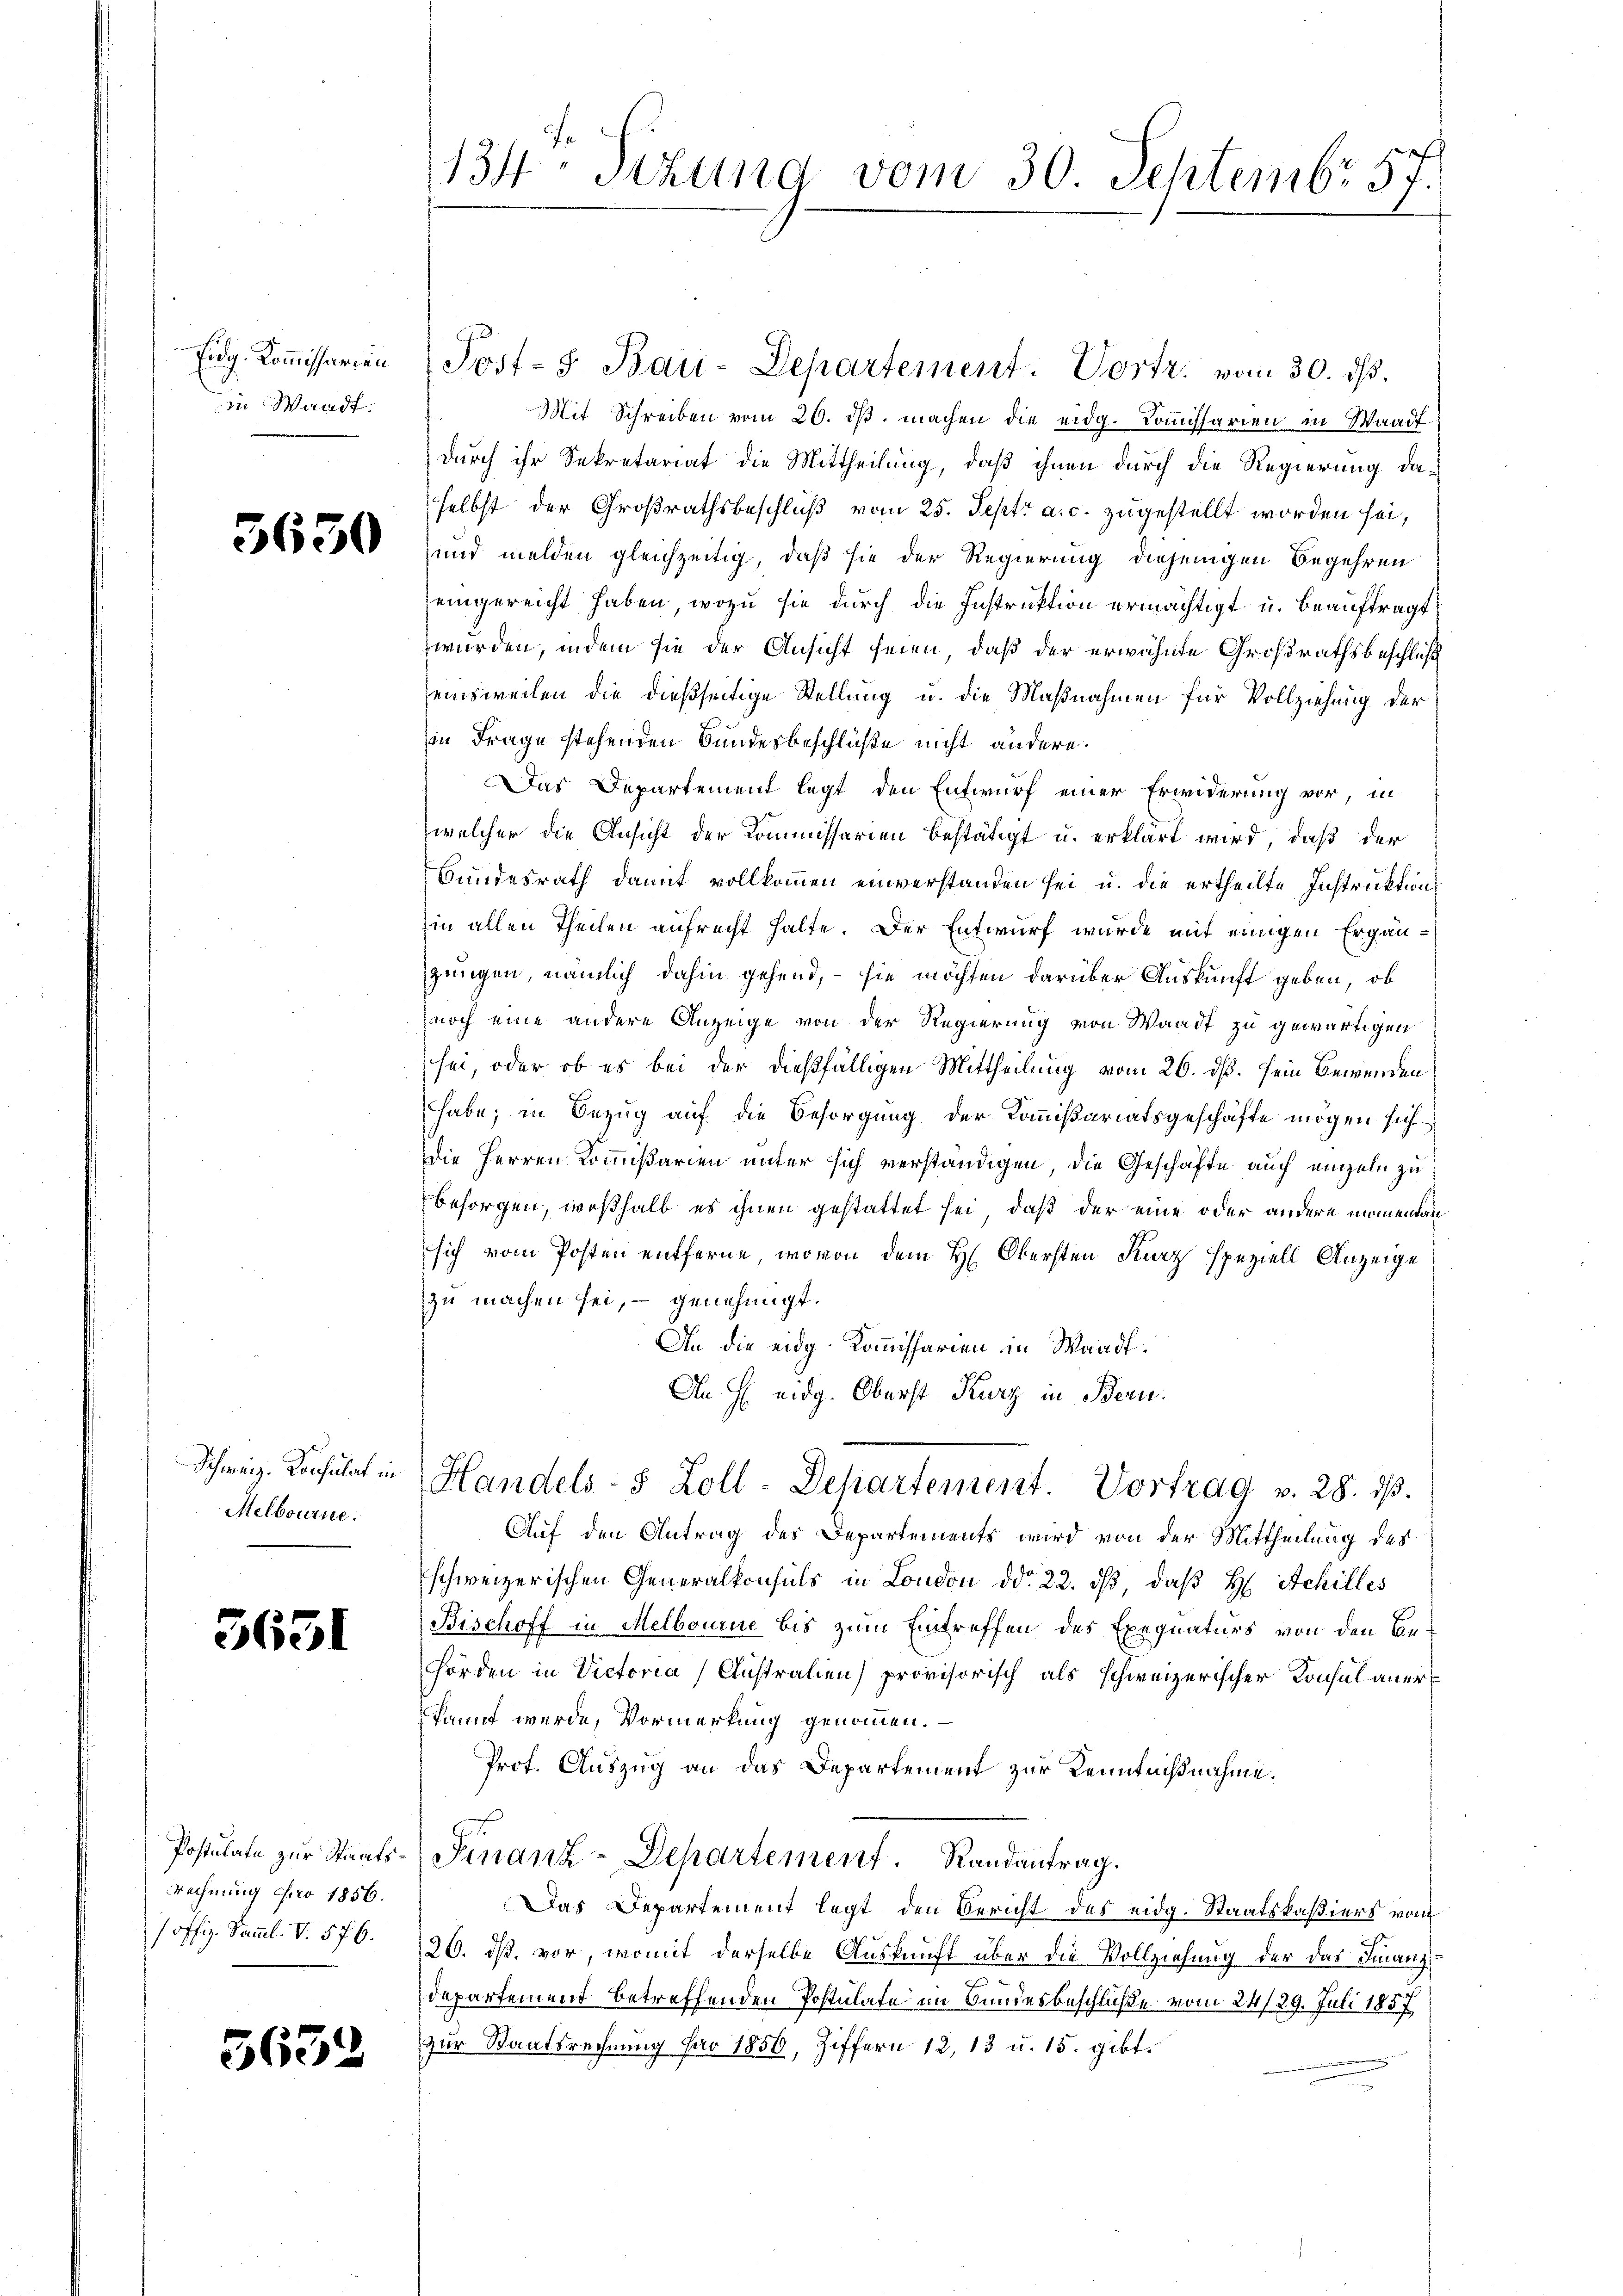
Eidg. Kommissarien
in Waadt.

5630

Melbourne.

3631

Rechnung pro 1856.
/ offig. Samml. V. 576.

365.

134 Sizung vom 30. Septembr 57.

Post- 5. Bau-Departement. Vortr. vom 30. ds.
Mit Schreiben vom 26. dβ machen die eidg. Kommissarien in Waadt
durch ihr Sekretariat die Mittheilung, daß ihnen durch die Regierung daselbst der Großrathsbeschluß vom 25. Sept. a. c. zugestellt worden sei,
und melden gleichzeitig, daß sie der Regierung diejenigen Begehren
eingereicht haben, wozu sie durch die Instruktion ermächtigt u. beauftragt,
wurden, indem sie der Ansicht seien, daß der erwähnte Großrathsbeschluß
einsweilen die dießseitige Stellung u. die Maßnahmen für Vollziehung der
in Frage stehenden Bundesbeschlüße nicht andere.
Das Departement legt den Entwurf einer Erwiderung vor, in
welcher die Ansicht der Kommissarien bestätigt u. erklärt wird, daß der
Bundesrath damit vollkommen einverstanden sei u. die ertheilte Instruktion
hin allen Theilen aufrecht halte. Der Entwurf wurde mit einigen Ergängungen, nämlich dahin gehend, – sie möchten darüber Auskunft geben, ob
noch eine andere Anzeige von der Regierung von Waadt zu gewärtigen
sei, oder ob es bei der dießfälligen Mittheilung vom 26. dß. sein Bewenden
habe; in Bezug auf die Besorgung der Kommißariatsgeschäfte mögen sich
Die Herren Kommißarien unter sich verständigen, die Geschäfte auch einzeln zu
besorgen, weßhalb es ihnen gestattet sei, daß der eine oder andere momentansich vom Posten entferne, wovon dem H. Obersten Kurz speziell Anzeige
zu machen sei, – genehmigt.
An die eidg Kommissarien in Waadt.
An H. eidg. Oberst Kurz in Bern.
Schweiz. Konsulat in Handels- 8 Zoll-Departement. Vortrag v. 28. dβ.
Auf den Antrag des Departements wird von der Mittheilung des
schweizerischen Generalkonsuls in London ddo 22. dβ, daß H. Schilles
Bischoff in Melbourie bis zum Eintreffen des Exequaturs von den Be¬
Hörden in Victoria Australien) provisorisch als schweizerischer Konsul anerkannt werde, Vormerkung genommen.
Prof. Auszug an das Departement zur Kenntnißnahme.
Postulate zur Staats-Finanz-Departement. Randantrag.
Das Departement legt den Bericht des eidg. Staatskaßiers von
26. ds. vor, womit derselbe Auskunft über die Vollziehung der das Finanzs
Departement betreffenden Postulate im Bundesbeschluße vom 24/29. Juli 1857
zur Staatsrechnung pro 1856, Ziffern 12, 13 u. 15. gibt.